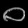
Digit: ၀